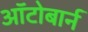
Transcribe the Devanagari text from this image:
ऑटोबार्न